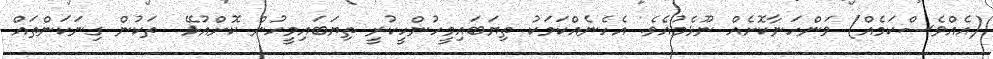
(އެއްވެސްކަމެއް) ވަންހަނާކޮށެއް ނޫޅެމުއެވެ. އެހެނެއްކަމަކު ތިޔަބައިމީހުންހީކުރީ ތިޔަބައިމީހުން ކޮށްއުޅޭ  ތަކުން ގިނަކަންތައް